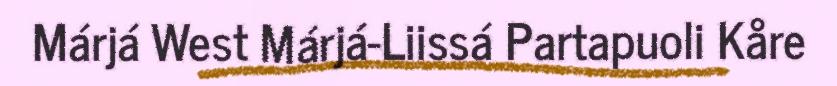
Márjá West Márjá-Liissá Partapuoli Kåre